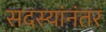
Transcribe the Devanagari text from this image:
सदस्यांनंतर